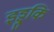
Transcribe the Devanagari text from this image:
इड्डुकि